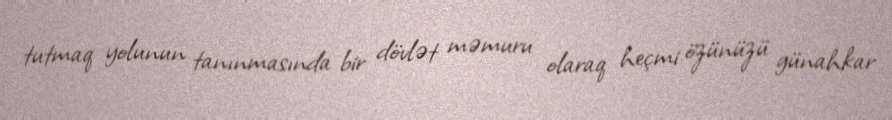
tutmaq yolunun tanınmasında bir dövlət məmuru olaraq heçmi özünüzü günahkar